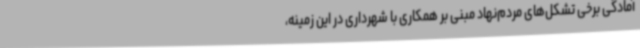
آمادگی برخی تشکل‌های مردم‌نهاد مبنی بر همکاری با شهرداری در این زمینه،